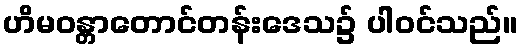
ဟိမဝန္တာတောင်တန်းဒေသ၌ ပါဝင်သည်။